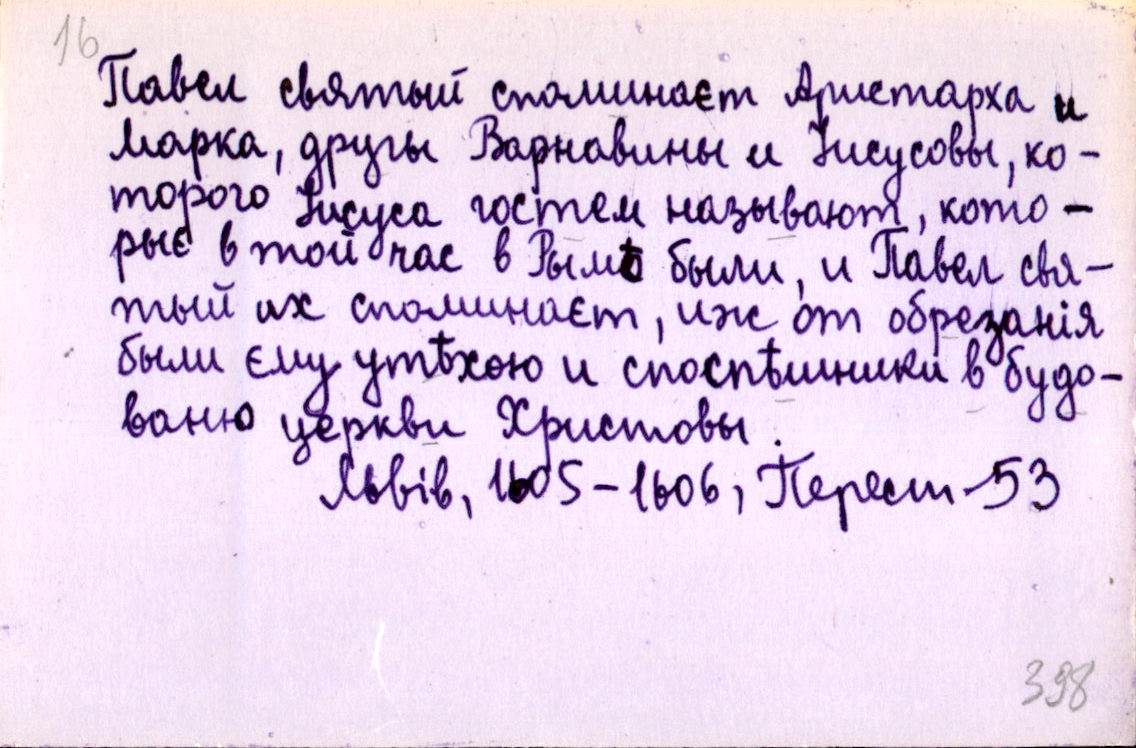
Павел святый споминает Аристарха и
Марка, другы Варнавины и Іисусовы, ко-
торого Іисуса гостем называют, кото-
рыє в той час в Рымѣ были, и Павел свя-
тый их споминаєт, иж от обрезанія
были єму утѣхою и споспѣшники в будо-
ваню церкви Христовы.
Львів, 1605-1606, Перест. 53